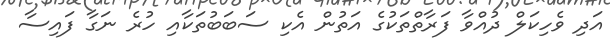
އަދި ވެހިކަލް ދުއްވާ ފަރާތްތަކުގެ އަތުން އެކި ސަބަބުތަކާއި ހުރެ ނަގާ ފައިސާ